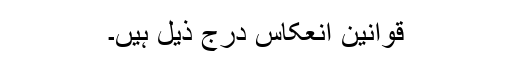
قوانینِ انعکاس درج ذیل ہیں۔